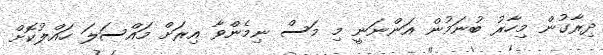
ދިރާގުން މިހާރު ބުނަމުން އަންނަނީ މި މަސް ނިމެންވާ އިރަށް މައްސަލަ ހައްލުކޮށް